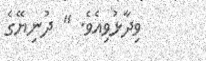
ވިދާޅުވިއެވެ. " ދުނިޔޭގެ